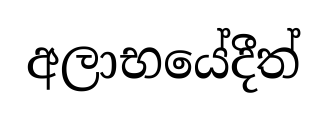
අලාභයේදීත්